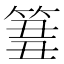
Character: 𥮢